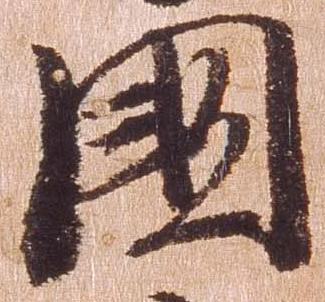
国